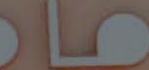
ماد